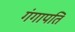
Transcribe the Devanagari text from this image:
गंगापति